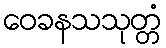
ဝေခနသသုတ္တံ